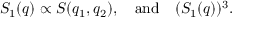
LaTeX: S _ { 1 } ( q ) \propto S ( q _ { 1 } , q _ { 2 } ) , \quad \mathrm { a n d } \quad ( S _ { 1 } ( q ) ) ^ { 3 } .